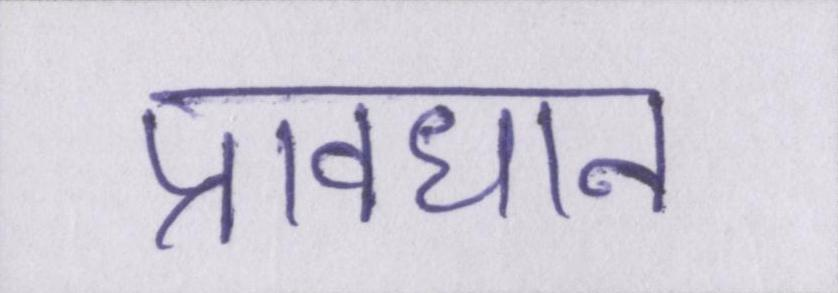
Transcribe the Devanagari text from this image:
प्रावधान